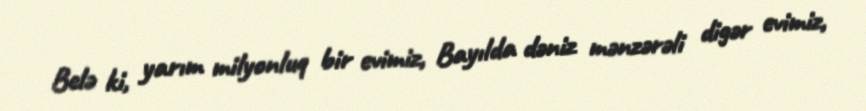
Belə ki, yarım milyonluq bir evimiz, Bayılda dəniz mənzərəli digər evimiz,